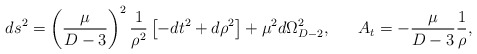
\begin{align*}ds^2=\left({{\mu}\over{D-3}}\right)^2{1\over{\rho^2}}\left[-dt^2+d\rho^2\right]+\mu^2d\Omega^2_{D-2},\ \ \ \ \ A_t=-{{\mu}\over{D-3}}{1\over{\rho}},\end{align*}